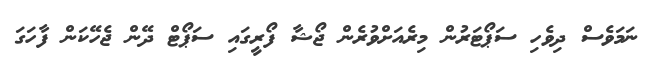
ނަމަވެސް ދިވެހި ސަޕޯޓަރުން މިރެއަށްވުރެން ޖޯޝާ ފޯރީގައި ސަޕޯޓް ދޭން ޖެހޭކަން ފާހަގަ